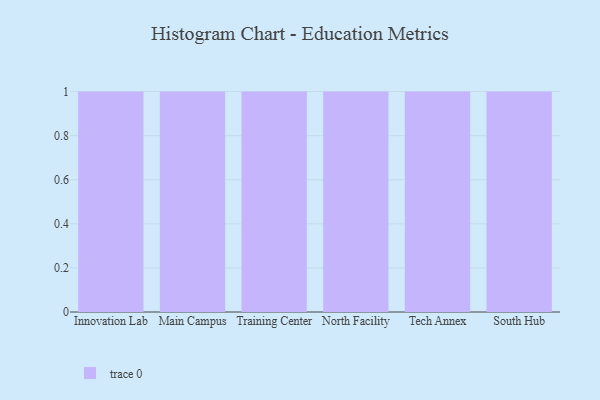
{"axis": {"x": "Campus", "y": "Gross Profit (USD K)"}, "legend": [""], "data": [{"x": "Innovation Lab", "y": 63, "type": ""}, {"x": "Main Campus", "y": 62, "type": ""}, {"x": "Training Center", "y": 5, "type": ""}, {"x": "North Facility", "y": 6, "type": ""}, {"x": "Tech Annex", "y": 64, "type": ""}, {"x": "South Hub", "y": 42, "type": ""}]}